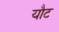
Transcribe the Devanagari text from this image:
यौट